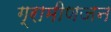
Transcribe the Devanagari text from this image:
ग्रामीणजन